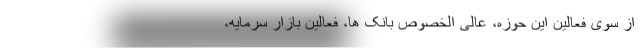
از سوی فعالین این حوزه، عالی الخصوص بانک ها، فعالین بازار سرمایه،